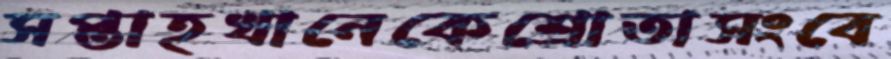
সপ্তাহখানেকেশ্রোতাসংবে